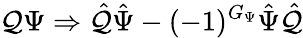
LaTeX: \mathcal{Q}\Psi\Rightarrow\hat{{\mathcal{Q}}}\hat{{\Psi}}-(-1)^{G_{\Psi}}\hat{{\Psi}}\hat{{\mathcal{Q}}}